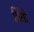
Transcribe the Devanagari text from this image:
बिंती